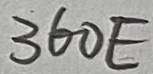
Text: 360E